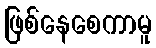
ဖြစ်နေစေကာမူ